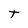
Character: T